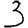
Digit: 3